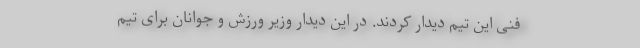
فنی این تیم دیدار کردند. در این دیدار وزیر ورزش و جوانان برای تیم